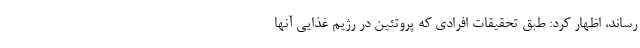
رساند، اظهار کرد: طبق تحقیقات افرادی که پروتئین در رژیم غذایی آنها